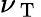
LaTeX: \nu_{\mathrm{~T~}}